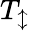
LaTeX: T_{\updownarrow}